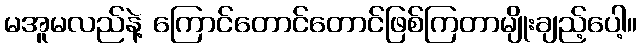
မအူမလည်နဲ့ ကြောင်တောင်တောင်ဖြစ်ကြတာမျိုးချည့်ပေါ့။